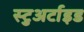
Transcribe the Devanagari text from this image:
स्टुअर्टाइड